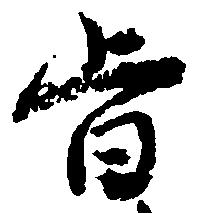
旨